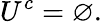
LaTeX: U^{c}=\varnothing.